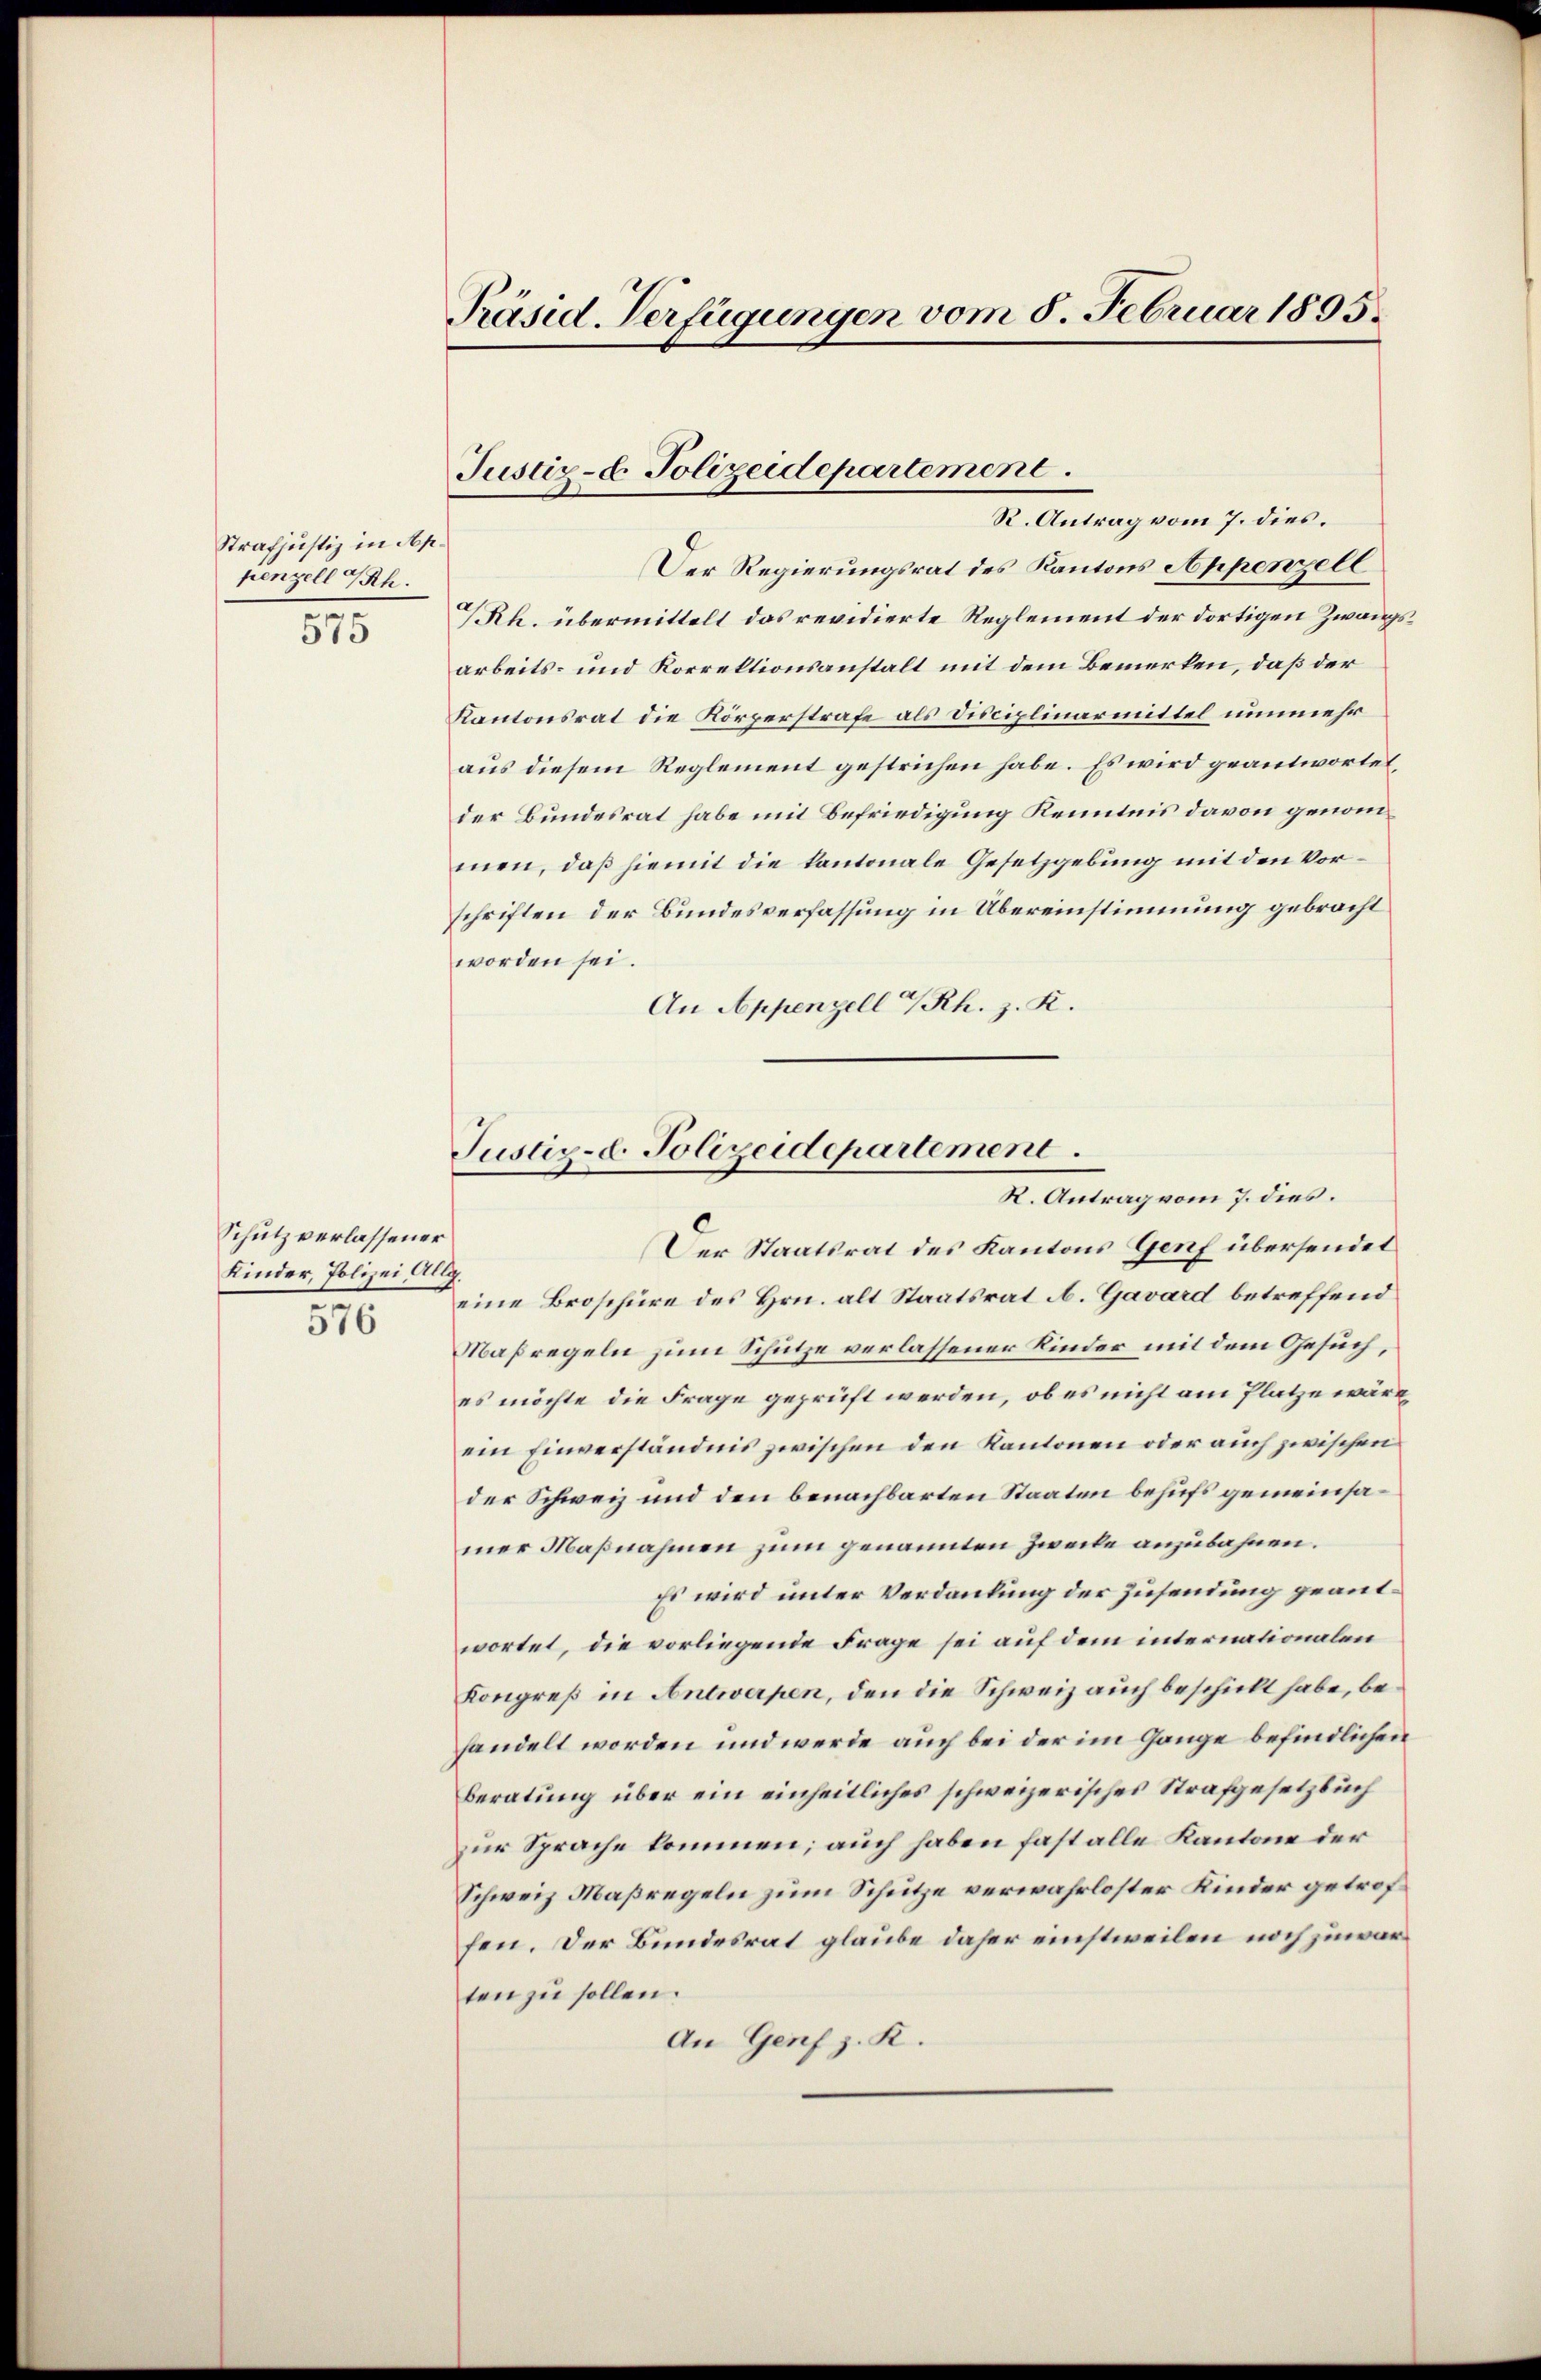
Strafjustiz in Nep.
penzell I/Rh.
.
510

Schutz verlassener
Kinder, Polizei Allg.
576

Präsid. Verfügungen vom 8. Februar 1895.

Justiz- & Polizeidepartement.
R. Antrag vom 7. dies.

Justiz- u. Polizeidepartement.
K. Antrag vom 7. dies.

Der Regierungsrat des Kantons Appenzell
TRh. übermittelt das revidierte Reglement der dortigen Zwangsarbeits- und Korrektionsanstalt mit dem Bemerken, daß der
Kantonsrat die Körperstrafe als Disciplinarmittel nunmehr
aus diesem Reglement gestrichen habe. Es wird geantwortet,
der Bundesrat habe mit Befriedigung Kenntnis davon genommen, daß hiemit die kantonale Gesetzgebung mit den Vorschriften der Bundesverfassung in Übereinstimmung gebracht
worden sei.
An Appenzell a/Rh. z. R.

Der Staatsrat des Kantons Genf übersendet
eine Broschüre des Hrn. alt Staatsrat A. Gavard betreffend
Maßregeln zum Schutze verlassener Kinder mit dem Gesuch,
es möchte die Frage geprüft werden, ob es nicht am Platze wäre
ein Einverständnis zwischen den Kantonen oder auch zwischen
der Schweiz und den benachbarten Staaten behufs gemeinsamer Maßnahmen zum genannten Zwecke anzubahnen.
Es wird unter Verdankung der Zusendung geantwortet, die vorliegende Frage sei auf dem internationalen
Kongreß in Antwerpen, den die Schweiz auch beschickt habe, behandelt worden und werde auch bei der im Gange befindlichen
beratung über ein einheitliches schweizerisches Strafgesetzbuch
zur Sprache kommen; auch haben fast alle Kantone der
Schweiz Maßregeln zum Schütze verwahrloster Kinder getroffen. Der Bundesrat glaube daher einstweilen noch zuwarten zu sollen.
An Genf z. K.